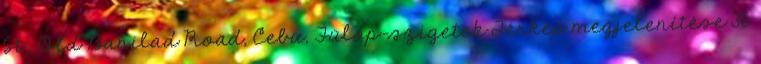
St., Old Banilad Road, Cebu, Fülöp-szigetek Térkép megjelenítése 36